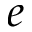
e